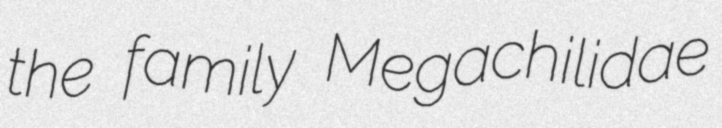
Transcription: the family Megachilidae